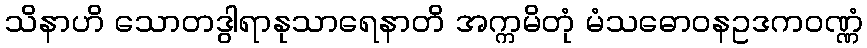
သိနာဟိ သောတဒွါရာနုသာရေနာတိ အက္ကမိတုံ မံသဓောဝနဥဒကဝဏ္ဏံ